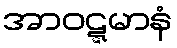
အာဝဋ္ဋမာနံ